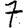
Digit: 7